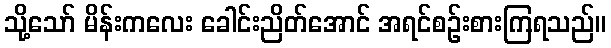
သို့သော် မိန်းကလေး ခေါင်းညိတ်အောင် အရင်စဉ်းစားကြရသည်။